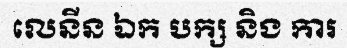
លេនីន ឯក បក្ស និង ការ